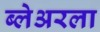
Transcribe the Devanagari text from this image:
ब्लेअरला